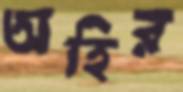
অহির